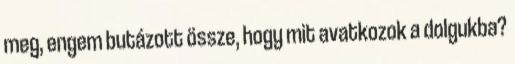
meg, engem butázott össze, hogy mit avatkozok a dolgukba?